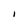
Character: I